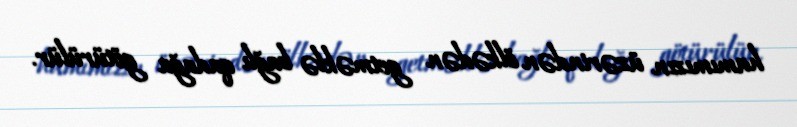
hamımızın üzərindən ölkədən getməklə bağlı qadağa götürülür.